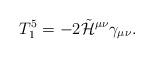
LaTeX: \begin{align*}T_1^5 = - 2 \tilde{\cal H}^{\mu\nu} \gamma_{\mu\nu}. \end{align*}